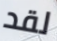
لقد